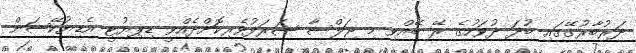
ދަރުބާރުގޭގައި ބުދަ ދުވަހުގެ ރޭ ބޭއްވި މި ޖަލްސާ ޝަރަފުވެރިކޮށްދެއްވީ ޑިޕިޔުޓީ އެޑިޔުކޭޝަން